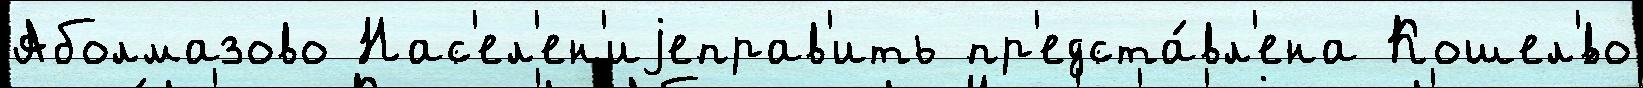
Аболмазово Нас'ел'ен'иjеправ'ить пр'едста́вл'ена Кошел'́во